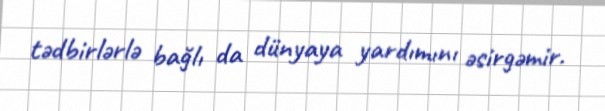
tədbirlərlə bağlı da dünyaya yardımını əsirgəmir.